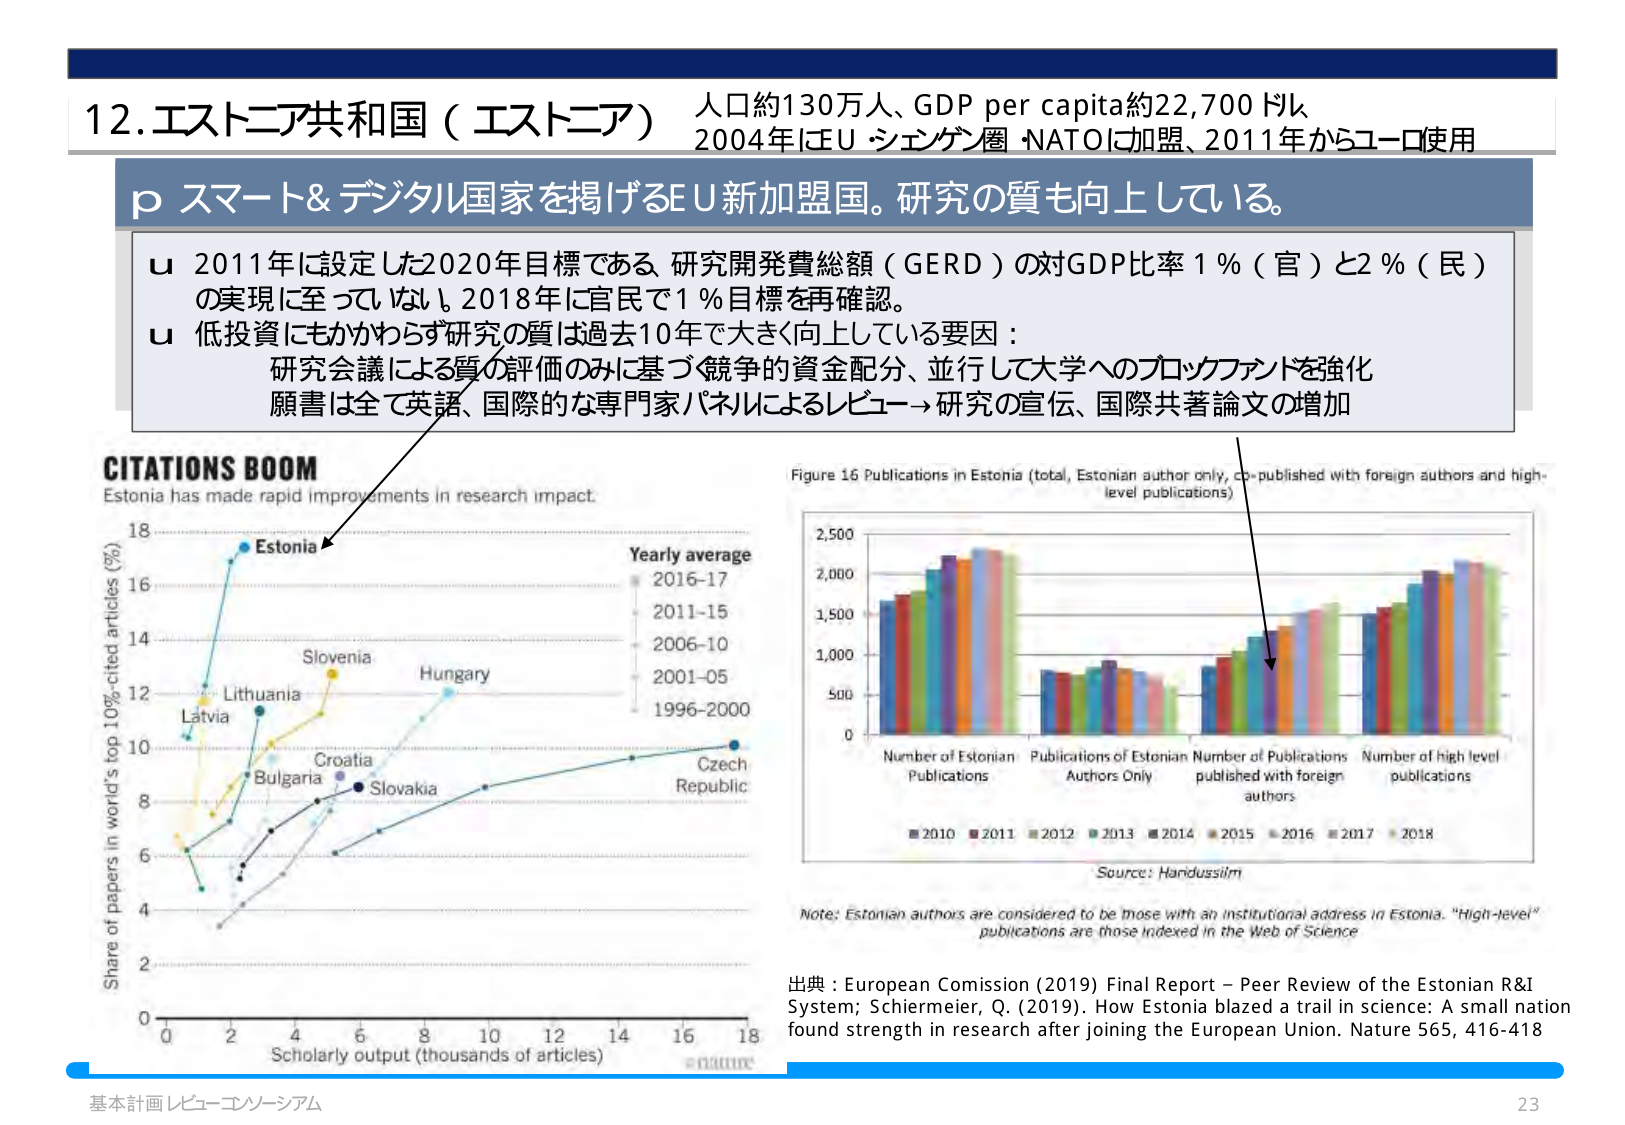
12. エストニア共和国（エストニア） 人口約130万人、GDP per capita約22,700ドル 2004年にはEU・シェンゲン圏・NATOに加盟、2011年からユーロ使用

p スマート＆デジタル国家を掲げるEU新加盟国。研究の質も向上している。

u 2011年に設定した2020年目標である、研究開発費総額（GERD）の対GDP比率1％（官）と2％（民）の実現に至っていない。2018年に官民で1％目標を再確認。

u 低投資にもかかわらず研究の質は過去10年で大きく向上している要因：
研究会議による質の評価のみに基づく競争的資金配分、並行して大学へのブロックファンドを強化
願書は全て英語、国際的な専門家パネルによるレビュー→研究の宣伝、国際共著論文の増加

CITATIONS BOOM
Estonia has made rapid improvements in research impact.

Share of papers in world's top 10%-cited articles (%)
18
16
14
12
10
8
6
4
2
0

Estonia
Slovenia
Hungary
Lithuania
Latvia
Croatia
Bulgaria
Slovakia
Czech Republic

Yearly average
2016-17
2011-15
2006-10
2001-05
1996-2000

Scholarly output (thousands of articles)
0 2 4 6 8 10 12 14 16 18

Figure 16 Publications in Estonia (total, Estonian author only, co-published with foreign authors and high-level publications)

Number of Estonian Publications
Publications of Estonian Authors Only
Number of Publications published with foreign authors
Number of high level publications

2010 2011 2012 2013 2014 2015 2016 2017 2018

Source: Haridussilm

Note: Estonian authors are considered to be those with an institutional address in Estonia. "High-level" publications are those indexed in the Web of Science

出典：European Comission (2019) Final Report – Peer Review of the Estonian R&I System; Schiermeier, Q. (2019). How Estonia blazed a trail in science: A small nation found strength in research after joining the European Union. Nature 565, 416-418

基本計画レビュー・コンソーシアム
23